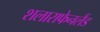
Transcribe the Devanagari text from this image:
शलाराफेनलैंड